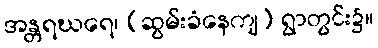
အန္တရဃရေ၊ (ဆွမ်းခံနေကျ) ရွာတွင်း၌။